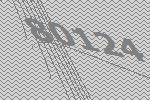
80124